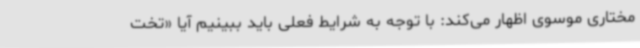
مختاری موسوی اظهار می‌کند: با توجه به شرایط فعلی باید ببینیم آیا «تخت